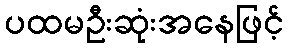
ပထမဦးဆုံးအနေဖြင့်